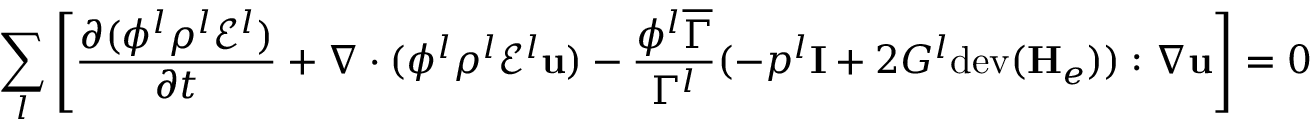
\sum _ { l } \left[ \frac { \partial ( \phi ^ { l } \rho ^ { l } \mathscr { E } ^ { l } ) } { \partial t } + \nabla \cdot ( \phi ^ { l } \rho ^ { l } \mathscr { E } ^ { l } \mathbf { u } ) - \frac { \phi ^ { l } \overline { { \Gamma } } } { \Gamma ^ { l } } ( - p ^ { l } \mathbf { I } + 2 G ^ { l } \mathrm { d e v } ( \mathbf { H } _ { e } ) ) : \nabla \mathbf { u } \right] = 0